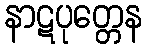
နာဋပုတ္တေန